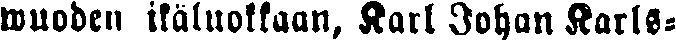
wuoden ikäluokkaan, Karl Johan Karls-